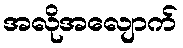
အလိုအလျောက်